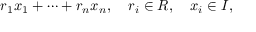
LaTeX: r _ { 1 } x _ { 1 } + \cdots + r _ { n } x _ { n } , \quad r _ { i } \in R , \quad x _ { i } \in I ,